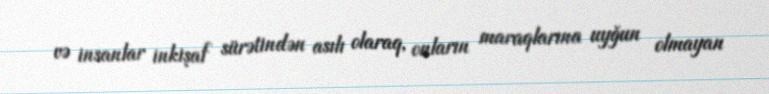
və insanlar inkişaf sürətindən asılı olaraq, onların maraqlarına uyğun olmayan